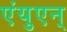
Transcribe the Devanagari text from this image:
एंयुएन्